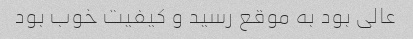
عالی بود به موقع رسید و کیفیت خوب بود